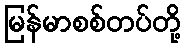
မြန်မာစစ်တပ်တို့